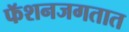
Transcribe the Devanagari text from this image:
फॅशनजगतात